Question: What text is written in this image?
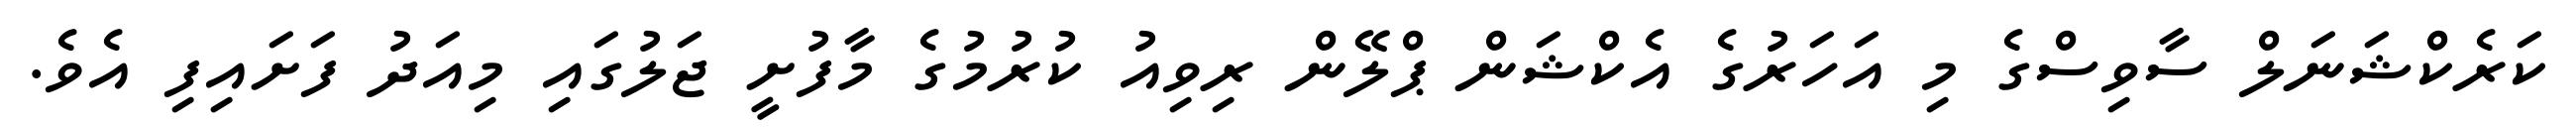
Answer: ކަރެކްޝަނަލް ސާވިސްގެ މި އަހަރުގެ އެކްޝަން ޕްލޭން ރިވިއު ކުރުމުގެ މާފުށީ ޖަލުގައި މިއަދު ފަށައިފި އެވެ.